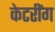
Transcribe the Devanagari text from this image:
केटरींग